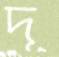
দূ